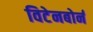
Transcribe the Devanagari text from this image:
विटेनबोर्न